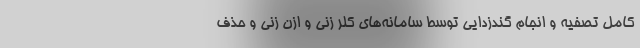
کامل تصفیه و انجام گندزدایی توسط سامانه‌های کلر زنی و ازن زنی و حذف